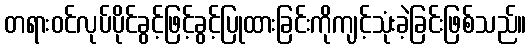
တရားဝင်လုပ်ပိုင်ခွင့်ဖြင့်ခွင့်ပြုထားခြင်းကိုကျင့်သုံးခဲ့ခြင်းဖြစ်သည်။